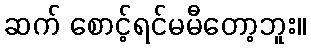
ဆက် စောင့်ရင်မမီတော့ဘူး။